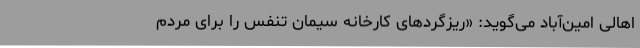
اهالی امین‌آباد می‌گوید: «ریزگردهای کارخانه سیمان تنفس را برای مردم